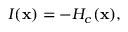
I ( \mathbf { x } ) = - H _ { c } ( \mathbf { x } ) ,